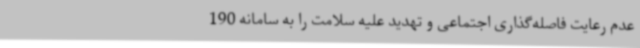
عدم رعایت فاصله‌گذاری اجتماعی و تهدید علیه سلامت را به سامانه 190